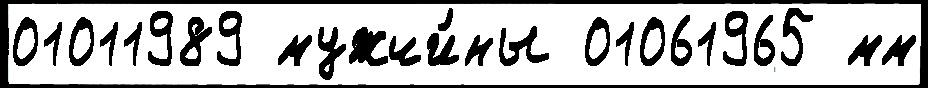
01011989 мужчи́ны 01061965 мм